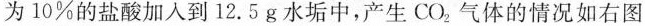
为10%的盐酸加入到12.5g水垢中，产生CO_{2}气体的情况如右图